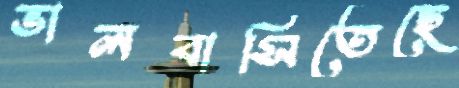
ভালবাসিতেছে